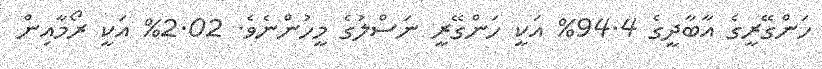
ހަންގޭރީގެ އާބާދީގެ 94.4% އަކީ ހަންގޭރީ ނަސްލުގެ މީހުންނެވެ. 2.02% އަކީ ރޯމާއިން